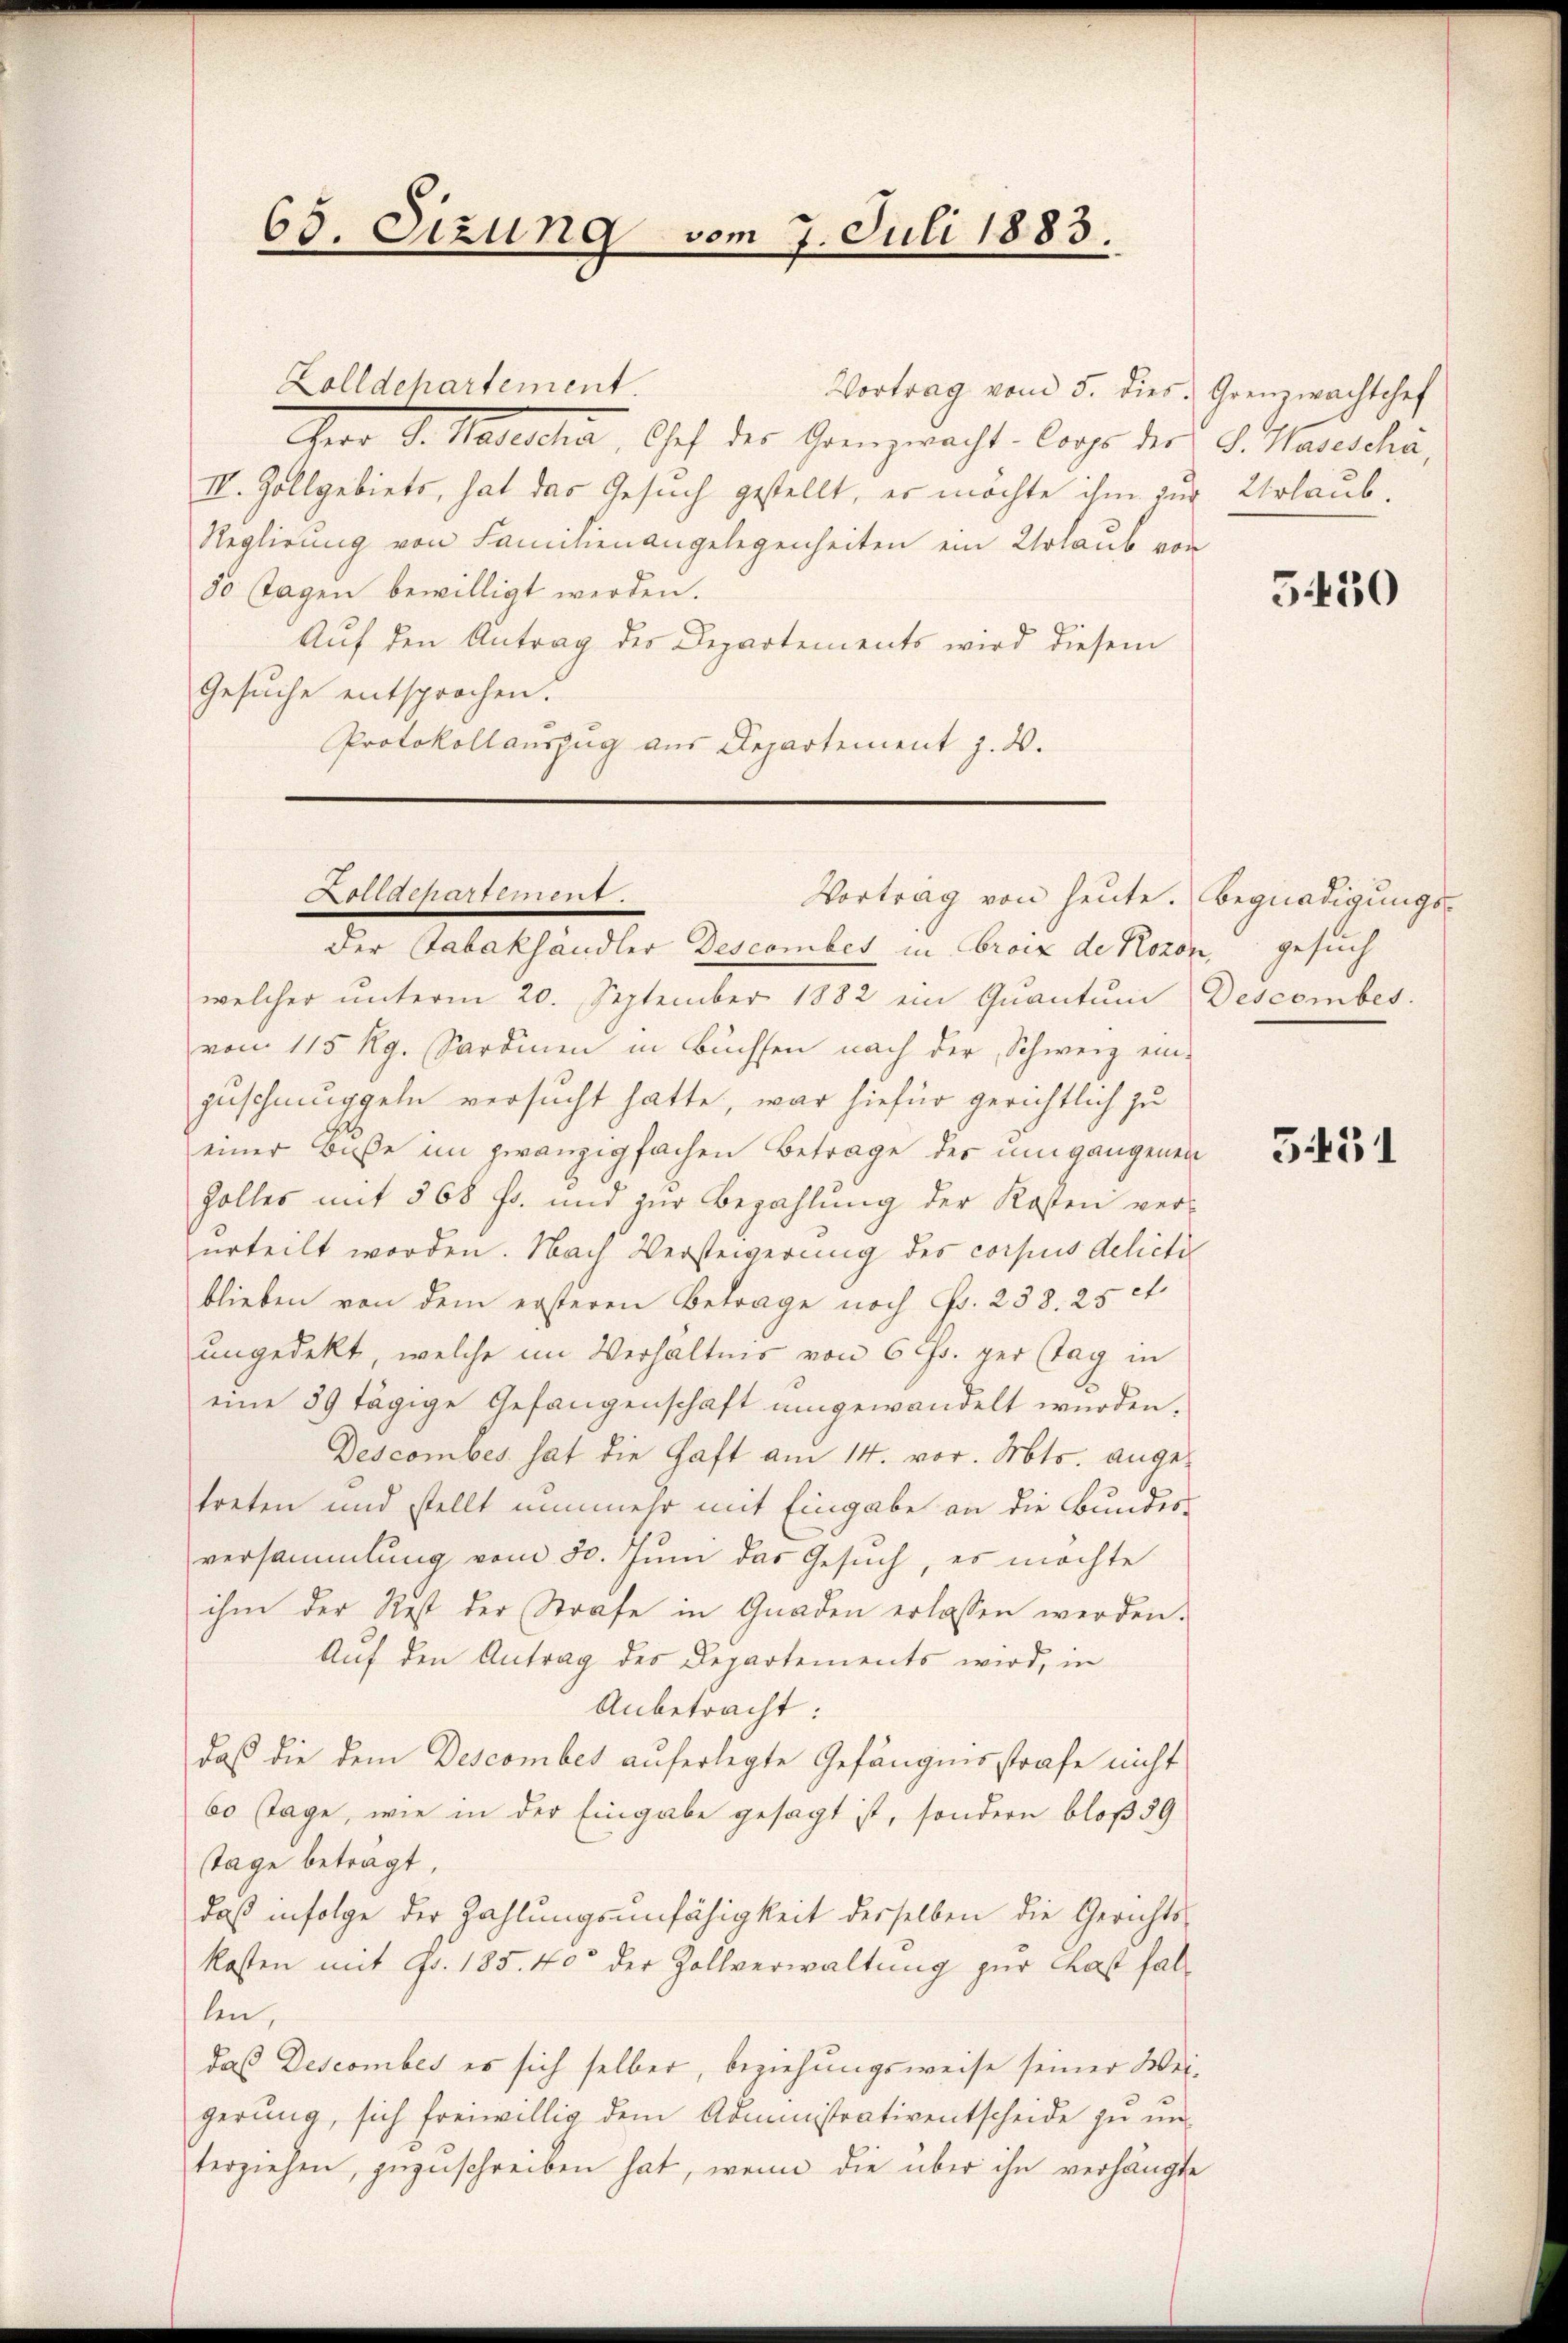
65. Sizung vom 7. Juli 1883.

Zolldepartement.
Vortrag vom 5. dies Grenzwachtchef
Cherr D. Mederlin, Chef der Grenzwacht. Cope der v. Haseschä
III. Zollgebiets, hat das Gesuch gestellt, er möchte ihm zur Urlaub¬
Reglirung von Familienangelegenheiten ein Erlaub von
50 Tagen bewilligt werden.
Auf den Antrag des Departements wird diesem
Gesuche entsprochen.
Protokollauszug aus Departement z. B.

Zolldchartement.

Der Tabakhändler Descomber in Croix de Kozon, gesuch
welcher ŭnterm 20. September 1882 ein Quantum Descombes.
von 115 Rg. Sardien in Büchsen nach der Schweiz ein-
zuschmuggeln versucht hatte, war hiefür gerichtlich zu
einer Buße im zwanzigfachen Betrage des umgangenen
Zolles mit 568 f. und zur Bezahlung der Kosten ver-
urteilt worden. Nach Versteigerung des corpus delicte
blieben von dem ersteren Betrage noch Fr. 238. 25 rt.
ungedekt, welche im Verhältnis von 6 Fr. per tag in
eine 89 tägige Gefangenschaft umgewandelt wurden,
Descomber hat die Haft am 14. vor. Mts. ange-
treten und stellt nunmehr mit Eingabe an die Bundes-
versammlung vom 30. Juni das Gesuch, es möchte
ihm der Rest der Strafe in Gnaden erlassen werden.
Auf den Antrag des Departements wird, in
Anbetracht:
daß die dem Descombes auferlegte Gefängnisstrafe nicht
60 Tage, wie in der Eingabe gesagt ist, sondern bloß 39
tage beträgt,
daß infolge der Zahlungsunfähigkeit derselben die Gerichtskosten mit Fr. 185. 40 der Zollverwaltung zur Last fallen,
daß Descomber es sich selber, beziehungsweise seiner Weigerŭng, sich freiwillig dem Administrativentscheide zu uns
terziehen, zŭzŭschreiben hat, wenn die über ihn verhängte

Vortrag von heute. Begnadigungs¬

5430

3451